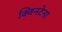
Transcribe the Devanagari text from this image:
क्विनटेना